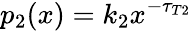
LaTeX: p_{2}(x)=k_{2}x^{-\tau_{T2}}